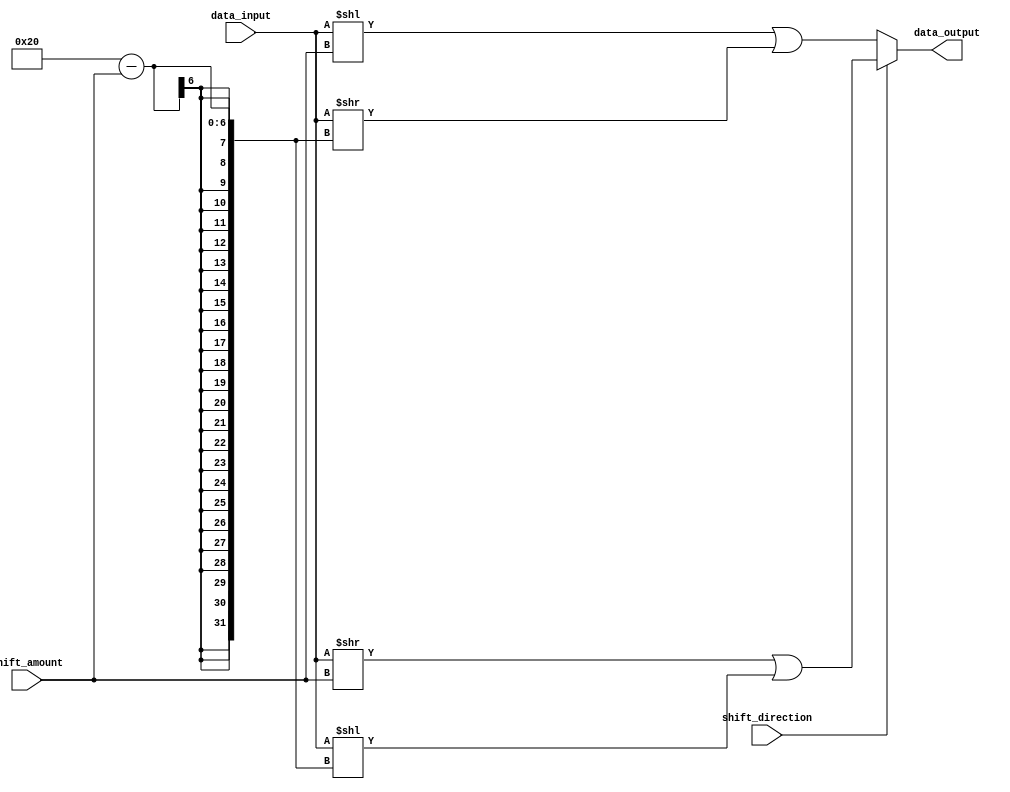
module hybrid_barrel_shifter (
    input wire [31:0] data_input,
    input wire [4:0] shift_amount,
    input wire shift_direction,
    output reg [31:0] data_output
);

reg [31:0] temp_data;
reg [31:0] temp_data2;

always @(*)
begin
    if (shift_direction) // right shift
    begin
        temp_data = data_input >> shift_amount; 
        temp_data2 = data_input << (32 - shift_amount);
        data_output = temp_data | temp_data2;
    end 
    else // left shift
    begin
        temp_data = data_input << shift_amount;
        temp_data2 = data_input >> (32 - shift_amount); 
        data_output = temp_data | temp_data2;
    end
end

endmodule